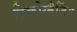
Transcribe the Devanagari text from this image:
रिकोग्नैजिंग